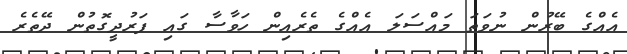
އެއްގެ ބޭރުން ނުވަތަ މައްސަލަ އެއްގެ ތެރެއިން ހަވާސާ ގައި ފަރުދީގޮތުން ދޭތެރެ